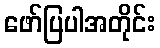
ဖော်ပြပါအတိုင်း